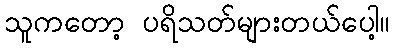
သူကတော့ ပရိသတ်များတယ်ပေါ့။